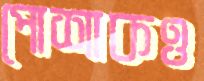
পোশাকও